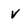
Character: V